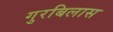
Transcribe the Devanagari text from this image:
गुरबिलास